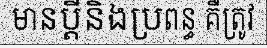
មានប្តីនិងប្រពន្ធ គឺត្រូវ